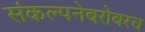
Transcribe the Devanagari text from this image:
संकल्पनेबरोबरच